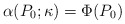
\begin{align*} \alpha(P_0;\kappa) = \Phi(P_0)\end{align*}